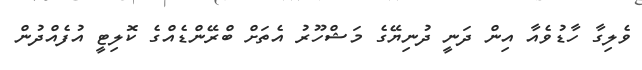
ވެލިގާ ހާޑުވެއާ އިން ދަނީ ދުނިޔޭގެ މަޝްހޫރު އެތަށް ބްރޭންޑެއްގެ ކޮލިޓީ އުފެއްދުން